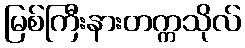
မြစ်ကြီးနားတက္ကသိုလ်